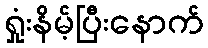
ရှုံးနိမ့်ပြီးနောက်